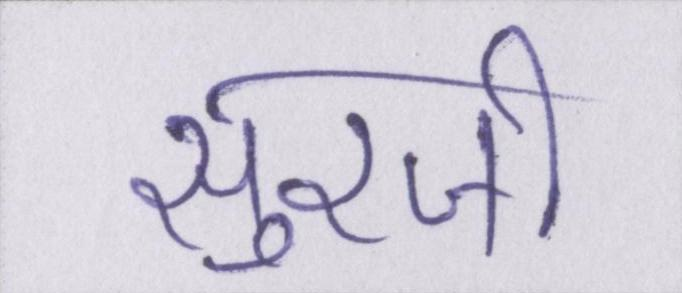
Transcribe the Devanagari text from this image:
सुरजी